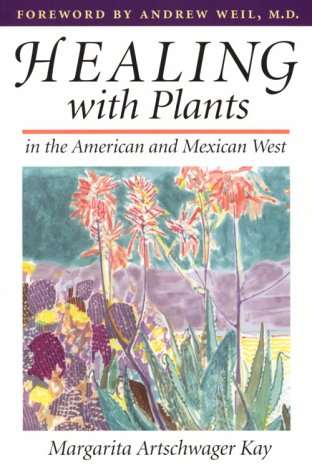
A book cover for Healing with Plants in the American and Mexican West; Margarita Artschwager Kay; Medical Books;